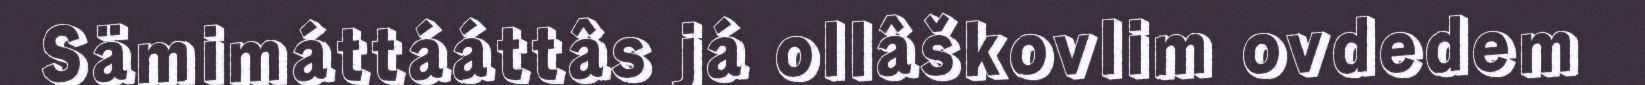
Sämimáttááttâs já ollâškovlim ovdedem